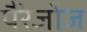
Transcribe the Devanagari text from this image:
पैरेजोज